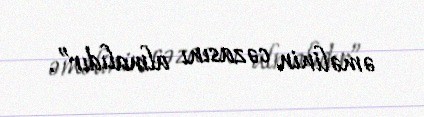
əməlinin cəzasını almalıdır”.